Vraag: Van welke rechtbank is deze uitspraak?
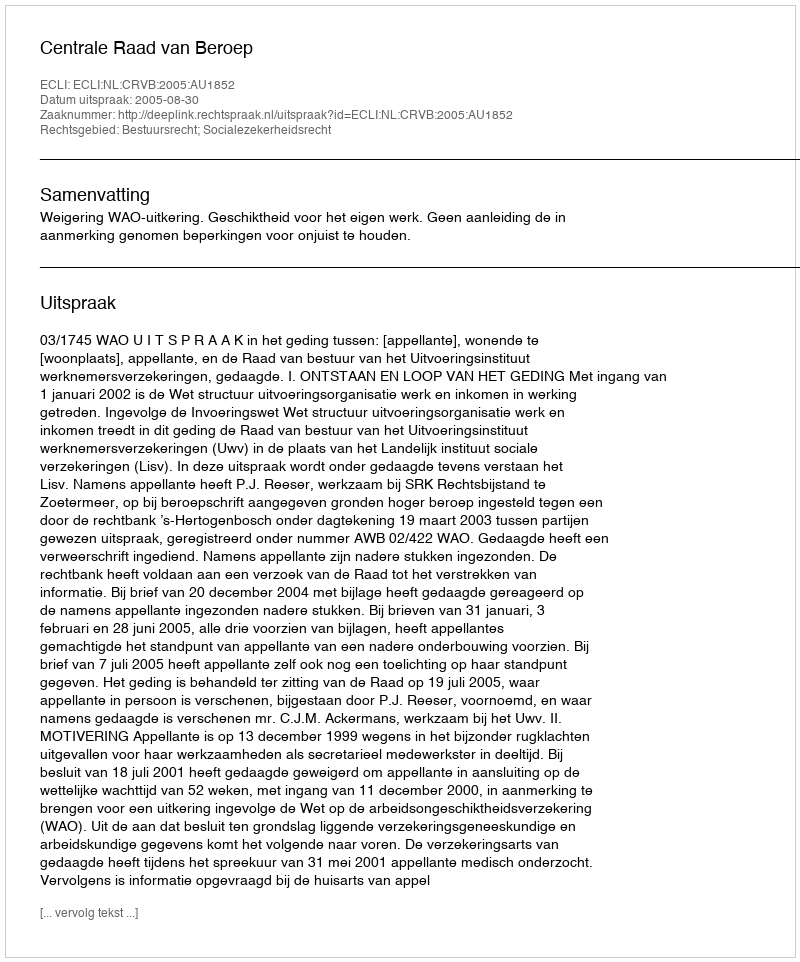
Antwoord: Centrale Raad van Beroep